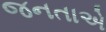
જનતાએ